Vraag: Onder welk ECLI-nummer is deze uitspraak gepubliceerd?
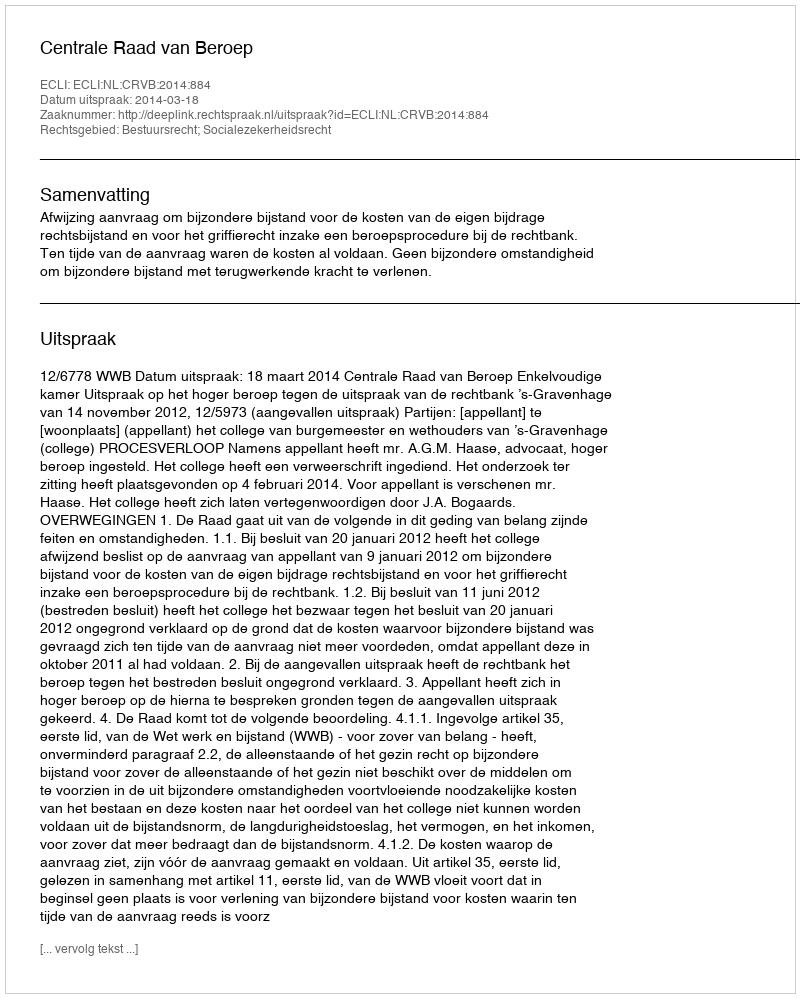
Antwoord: ECLI:NL:CRVB:2014:884